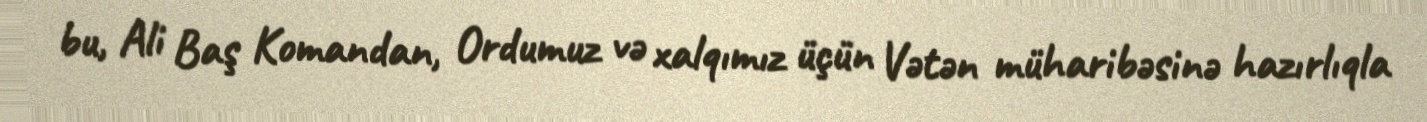
bu, Ali Baş Komandan, Ordumuz və xalqımız üçün Vətən müharibəsinə hazırlıqla